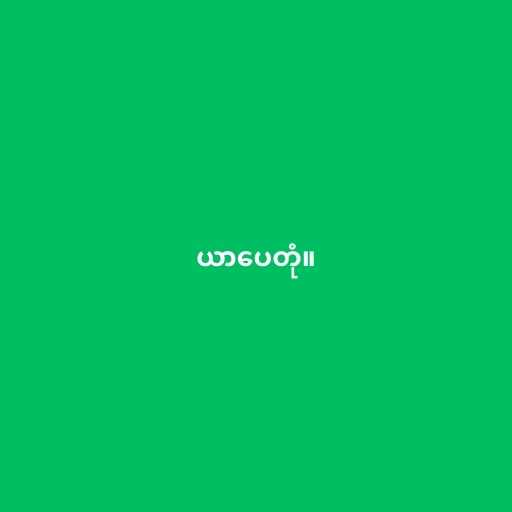
ယာပေတုံ။